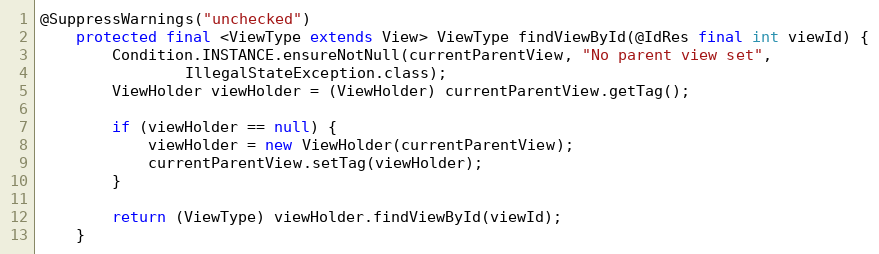
Language: Java
@SuppressWarnings("unchecked")
    protected final <ViewType extends View> ViewType findViewById(@IdRes final int viewId) {
        Condition.INSTANCE.ensureNotNull(currentParentView, "No parent view set",
                IllegalStateException.class);
        ViewHolder viewHolder = (ViewHolder) currentParentView.getTag();

        if (viewHolder == null) {
            viewHolder = new ViewHolder(currentParentView);
            currentParentView.setTag(viewHolder);
        }

        return (ViewType) viewHolder.findViewById(viewId);
    }